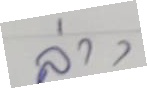
ล่าง